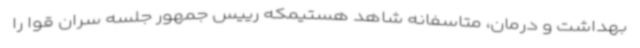
بهداشت و درمان، متاسفانه شاهد هستیمکه رییس جمهور جلسه سران قوا را